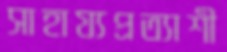
সাহায্যপ্রত্যাশী